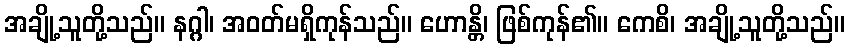
အချို့သူတို့သည်။ နဂ္ဂါ၊ အဝတ်မရှိကုန်သည်။ ဟောန္တိ၊ ဖြစ်ကုန်၏။ ကေစိ၊ အချို့သူတို့သည်။